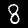
Digit: 8